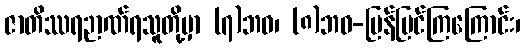
ဇာတိဿရဉာဏ်ရသူတို့မှာ (၇)ဘဝ၊ (၈)ဘဝ-ပြန်မြင်ကြကြောင်း၊